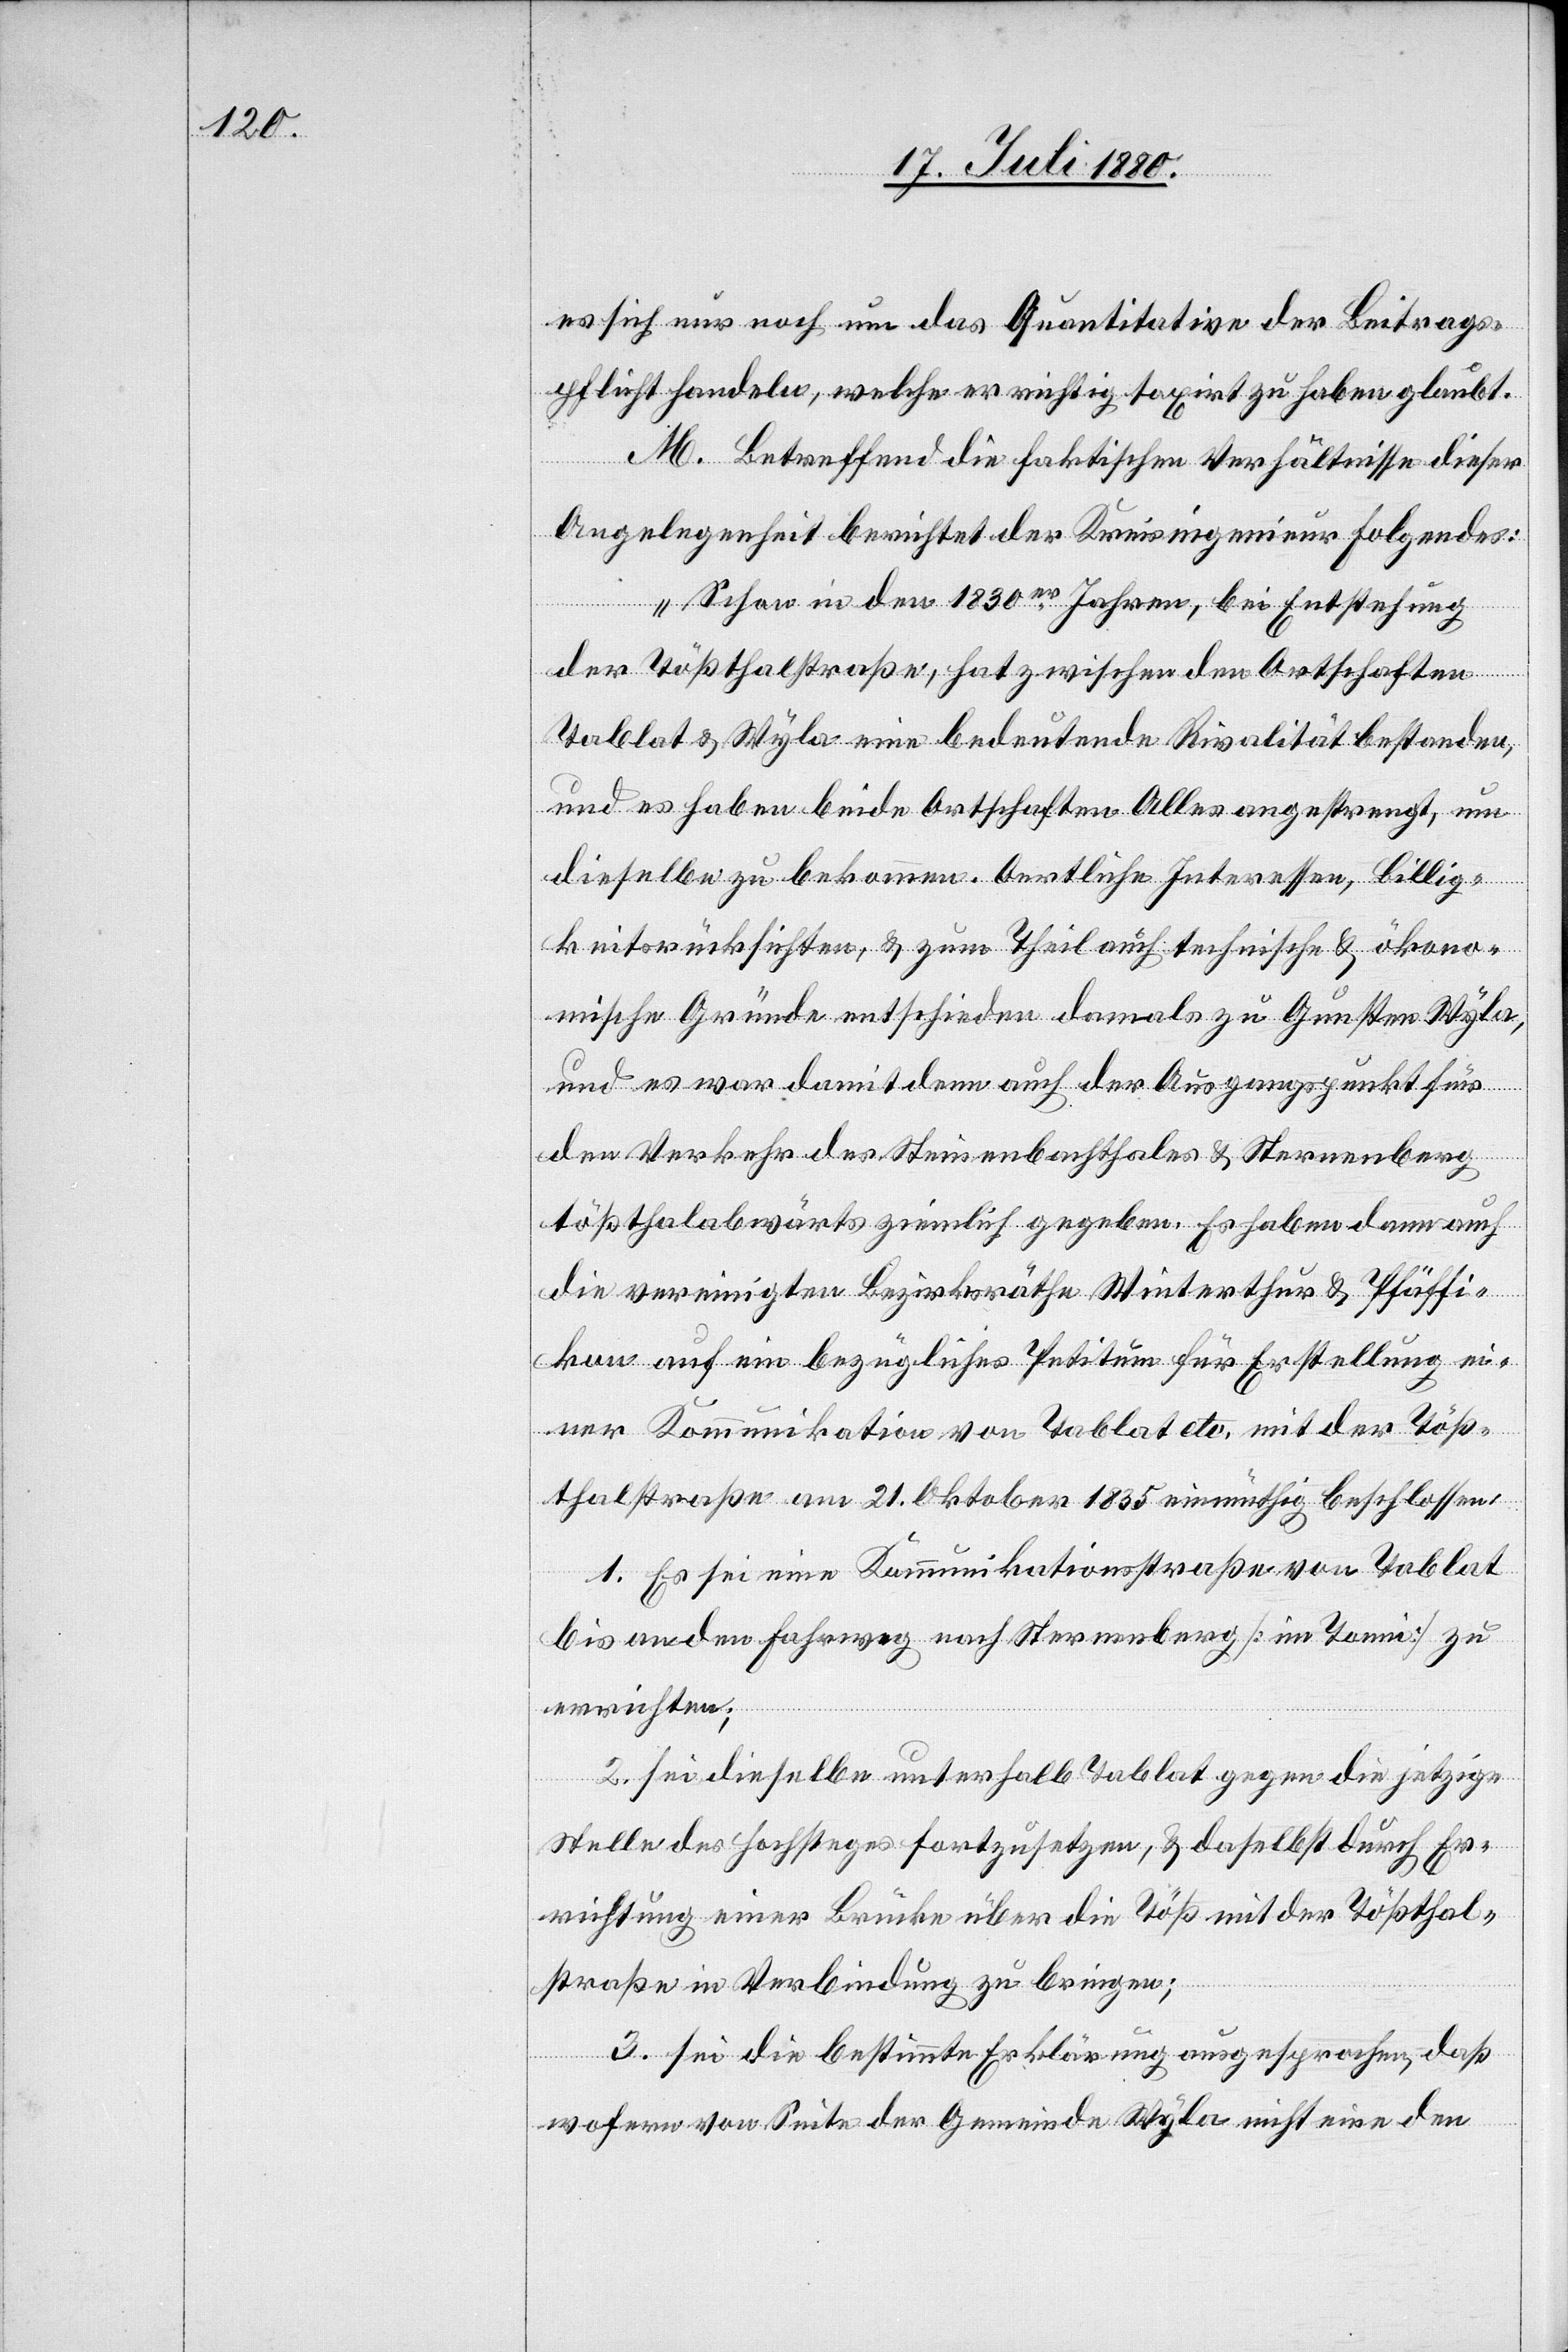
es sich nur noch um das Quantitative der Beitrags¬
pflicht handeln, welche er richtig taxirt zu haben glaubt.
M. Betreffend die faktischen Verhältnisse dieser
Angelegenheit berichtet der Kreisingenieur Folgendes:
„Schon in den 1830er Jahren, bei Entstehung
der Tößthalstraße, hat zwischen den Ortschaften
Tablat & Wyla eine bedeutende Rivalität bestanden,
und es haben beide Ortschaften Alles angestrengt, um
dieselben zu bekommen. Oertliche Interessen, Billig¬
keitsrücksichten, & zum Theil auch technische & ökono¬
mische Gründe entschieden damals zu Gunsten Wyla,
und es war damit denn auch der Ausgangspunkt für
den Verkehr des Steinenbachthales & Sternenberg
tößthalabwärts ziemlich gegeben. Es haben denn auch
die vereinigten Bezirksräthe Winterthur & Pfäffi¬
kon auf ein bezügliches Petitum für Erstellung ei¬
ner Kommunikation von Tablat etc. mit der Töß¬
thalstraße am 21. Oktober 1835 einmüthig beschlossen:
1. Es sei eine Kommunikationsstraße von Tablat
bis an den Fahrweg nach Sternenberg [im Tonni] zu
errichten;
2. Sei dieselbe unterhalb Tablat gegen die jetzige
Stelle des Hochsteges fortzusetzten, & daselbst durch Er¬
richtung einer Brücke über die Töß mit der Tößthal¬
straße in Verbindung zu bringen;
3. Sei die bestimmte Erklärung ausgesprochen, daß
wofern von Seite der Gemeinde Wyla nicht eine den